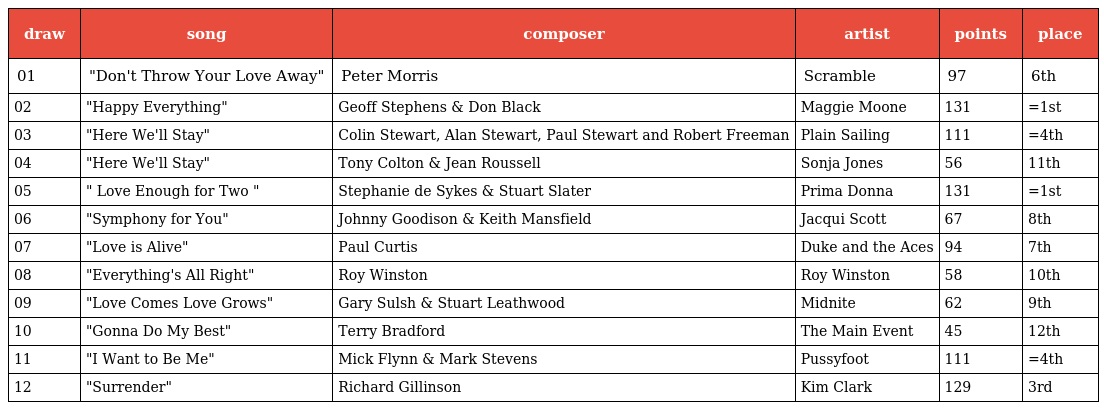
| draw | song | composer | artist | points | place |
 | --- | --- | --- | --- | --- | --- |
 | 01 | "Don't Throw Your Love Away" | Peter Morris | Scramble | 97 | 6th |
 | 02 | "Happy Everything" | Geoff Stephens & Don Black | Maggie Moone | 131 | =1st |
 | 03 | "Here We'll Stay" | Colin Stewart, Alan Stewart, Paul Stewart and Robert Freeman | Plain Sailing | 111 | =4th |
 | 04 | "Here We'll Stay" | Tony Colton & Jean Roussell | Sonja Jones | 56 | 11th |
 | 05 | " Love Enough for Two " | Stephanie de Sykes & Stuart Slater | Prima Donna | 131 | =1st |
 | 06 | "Symphony for You" | Johnny Goodison & Keith Mansfield | Jacqui Scott | 67 | 8th |
 | 07 | "Love is Alive" | Paul Curtis | Duke and the Aces | 94 | 7th |
 | 08 | "Everything's All Right" | Roy Winston | Roy Winston | 58 | 10th |
 | 09 | "Love Comes Love Grows" | Gary Sulsh & Stuart Leathwood | Midnite | 62 | 9th |
 | 10 | "Gonna Do My Best" | Terry Bradford | The Main Event | 45 | 12th |
 | 11 | "I Want to Be Me" | Mick Flynn & Mark Stevens | Pussyfoot | 111 | =4th |
 | 12 | "Surrender" | Richard Gillinson | Kim Clark | 129 | 3rd |